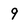
Character: 9